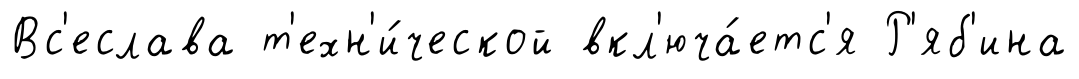
Вс'еслава т'ехн'и́ческой вкл'юча́етс'я Р'яб'ина